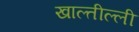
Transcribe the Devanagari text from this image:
खाल्तील्ली